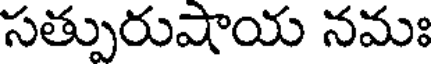
సత్పురుషాయ నమః